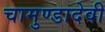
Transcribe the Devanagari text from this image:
चामुण्डादेवी